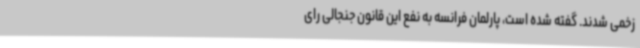
زخمی شدند. گفته شده است، پارلمان فرانسه به نفع این قانون جنجالی رای